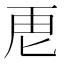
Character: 𮓘